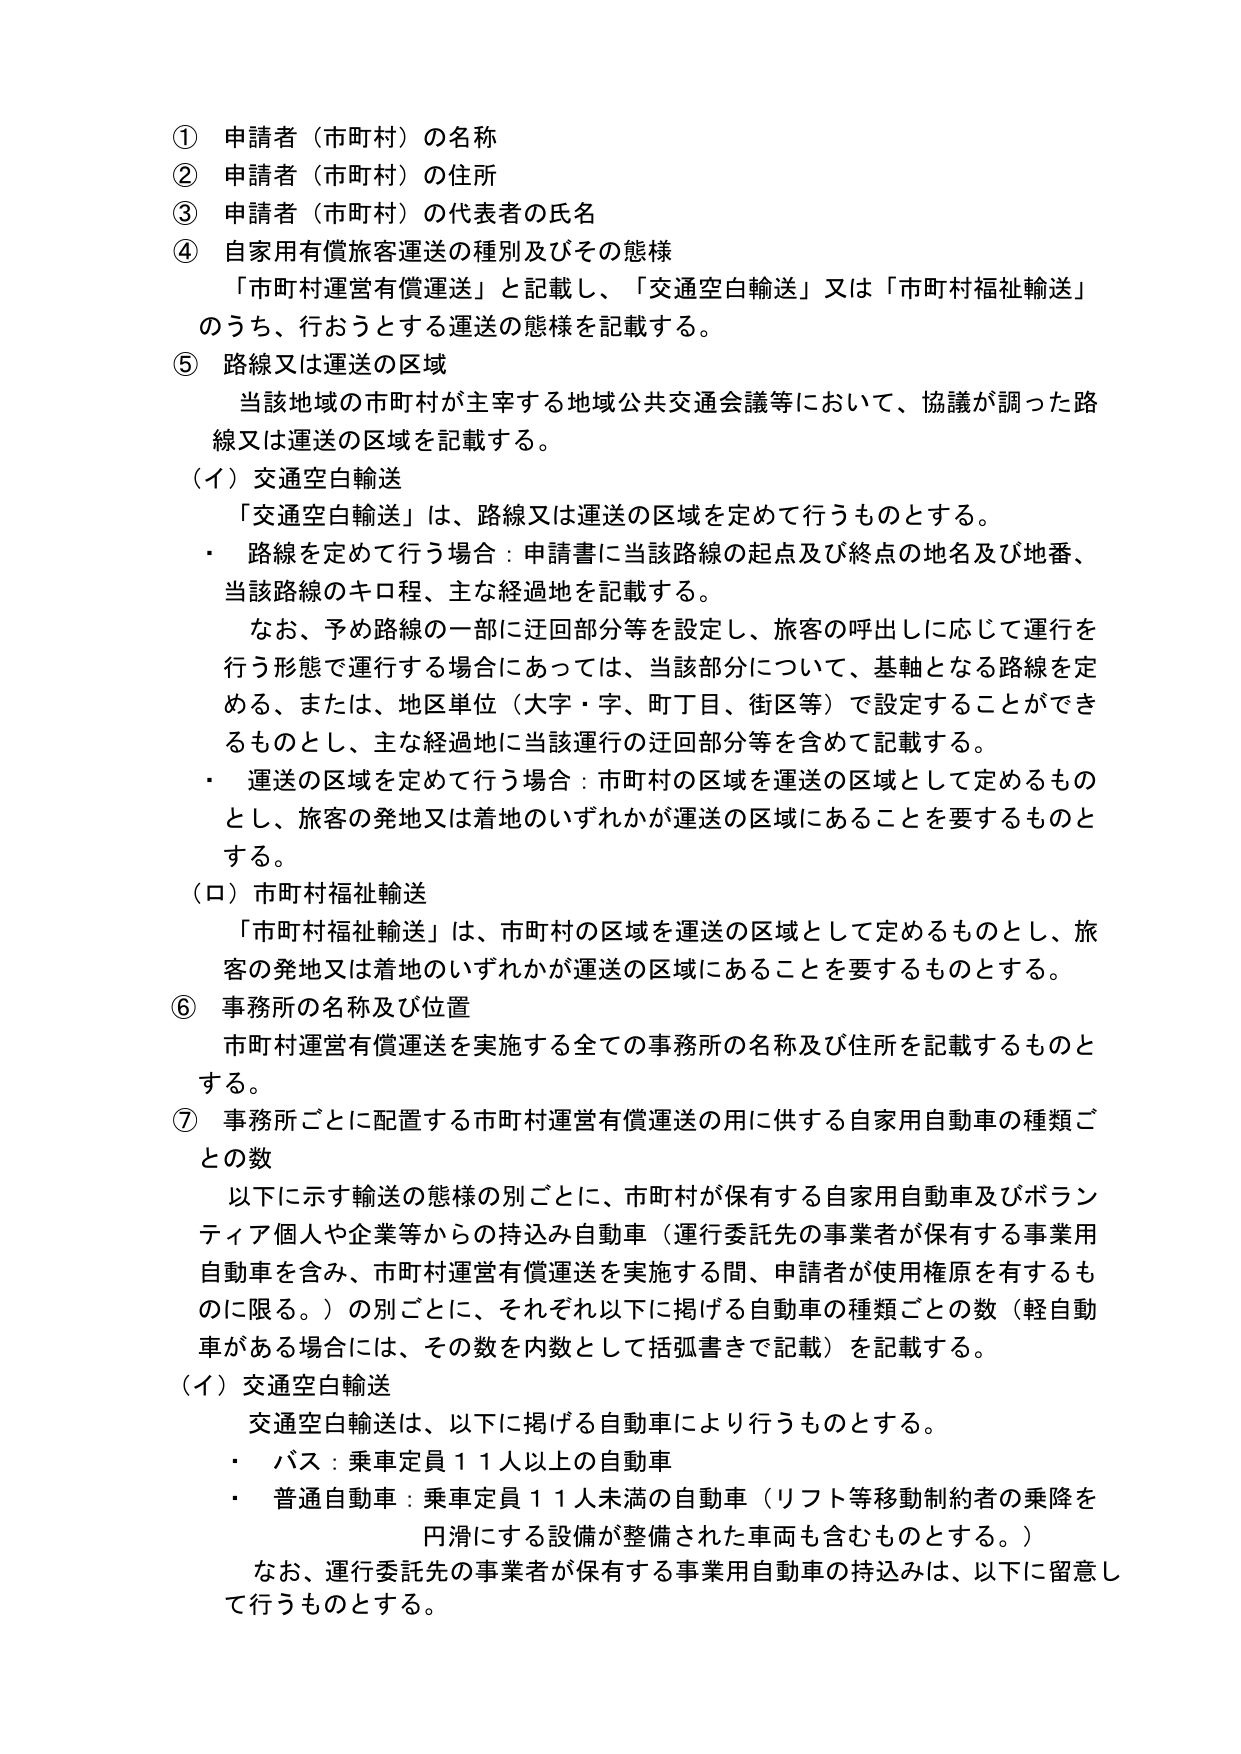
① 申請者（市町村）の名称
② 申請者（市町村）の住所
③ 申請者（市町村）の代表者の氏名
④ 自家用有償旅客運送の種別及びその態様
　「市町村運営有償運送」と記載し、「交通空白輸送」又は「市町村福祉輸送」
　のうち、行おうとする運送の態様を記載する。
⑤ 路線又は運送の区域
　当該地域の市町村が主宰する地域公共交通会議等において、協議が調った路
　線又は運送の区域を記載する。
（イ）交通空白輸送
　「交通空白輸送」は、路線又は運送の区域を定めて行うものとする。
・ 路線を定めて行う場合：申請書に当該路線の起点及び終点の地名及び地番、
　当該路線のキロ程、主な経過地を記載する。
　なお、予め路線の一部に迂回部分等を設定し、旅客の呼出しに応じて運行を
　行う形態で運行する場合にあっては、当該部分について、基軸となる路線を定
　める、または、地区単位（大字・字、町丁目、街区等）で設定することができ
　るものとし、主な経過地に当該運行の迂回部分等を含めて記載する。
・ 運送の区域を定めて行う場合：市町村の区域を運送の区域として定めるもの
　とし、旅客の発地又は着地のいずれかが運送の区域にあることを要するものと
　する。
（ロ）市町村福祉輸送
　「市町村福祉輸送」は、市町村の区域を運送の区域として定めるものとし、旅
　客の発地又は着地のいずれかが運送の区域にあることを要するものとする。
⑥ 事務所の名称及び位置
　市町村運営有償運送を実施する全ての事務所の名称及び住所を記載するものと
　する。
⑦ 事務所ごとに配置する市町村運営有償運送の用に供する自家用自動車の種類ご
　との数
　以下に示す輸送の態様の別ごとに、市町村が保有する自家用自動車及びボラン
　ティア個人や企業等からの持込み自動車（運行委託先の事業者が保有する事業用
　自動車を含み、市町村運営有償運送を実施する間、申請者が使用権原を有するも
　のに限る。）の別ごとに、それぞれ以下に掲げる自動車の種類ごとの数（軽自動
　車がある場合には、その数を内数として括弧書きで記載）を記載する。
（イ）交通空白輸送
　交通空白輸送は、以下に掲げる自動車により行うものとする。
・ バス：乗車定員１１人以上の自動車
・ 普通自動車：乗車定員１１人未満の自動車（リフト等移動制約者の乗降を
　円滑にする設備が整備された車両も含むものとする。）
　なお、運行委託先の事業者が保有する事業用自動車の持込みは、以下に留意し
　て行うものとする。